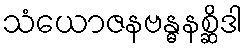
သံယောဇနဗန္ဓနစ္ဆိဒါ